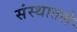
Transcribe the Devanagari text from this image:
संस्थातले